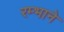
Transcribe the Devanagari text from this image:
रम्भाने